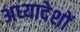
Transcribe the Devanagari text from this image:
अध्‍यादेशों